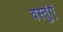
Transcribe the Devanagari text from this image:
वस्तुंएं